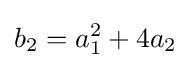
b_{2}=a_{1}^{2}+4a_{2}